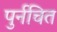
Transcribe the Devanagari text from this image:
पुर्नचित